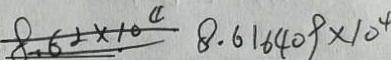
8 . 6 2 \times 1 0 ^ { 4 } 8 . 6 1 6 4 0 9 \times 1 0 ^ { 4 }